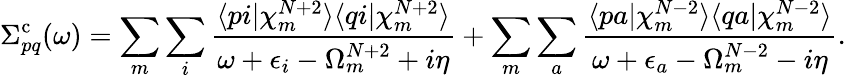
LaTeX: \Sigma_{pq}^{\mathrm{c}}(\omega)=\sum_{m}\sum_{i}\frac{\langle pi|\chi_{m}^{N+2}\rangle\langle qi|\chi_{m}^{N+2}\rangle}{\omega+\epsilon_{i}-\Omega_{m}^{N+2}+i\eta}+\sum_{m}\sum_{a}\frac{\langle pa|\chi_{m}^{N-2}\rangle\langle qa|\chi_{m}^{N-2}\rangle}{\omega+\epsilon_{a}-\Omega_{m}^{N-2}-i\eta}.